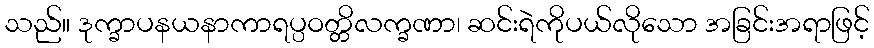
သည်။ ဒုက္ခာပနယနာကာရပ္ပဝတ္တိလက္ခဏာ၊ ဆင်းရဲကိုပယ်လိုသော အခြင်းအရာဖြင့်